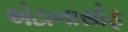
એટાનાસોફ